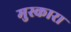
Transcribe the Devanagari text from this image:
मुस्कारा